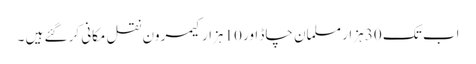
اب تک 30 ہزار مسلمان چاڈ اور 10 ہزار کیمرون نقل مکانی کر گئے ہیں ۔